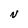
Character: N